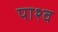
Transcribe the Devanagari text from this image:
पाश्व